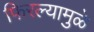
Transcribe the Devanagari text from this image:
फिरल्यामुळे